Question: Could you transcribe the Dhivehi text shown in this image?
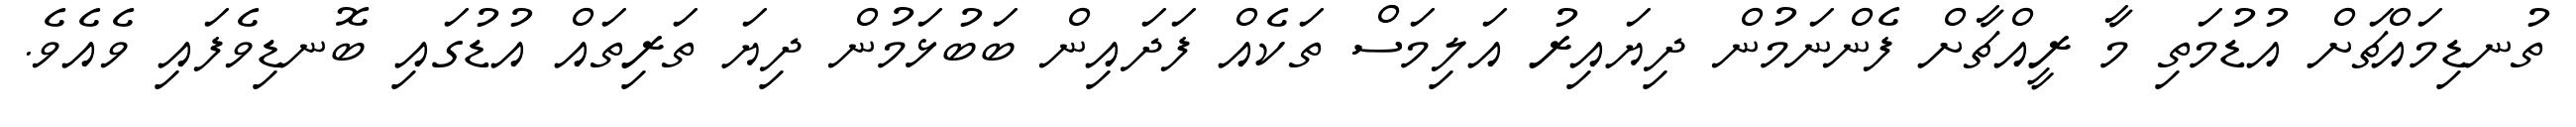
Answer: ތުނޑިމައްޗަށް އުޑުމަތި މާ ރީއްޗާށް ފެންނަމުން ދިޔައިރު އަލިމަސް ތަކެއް ފަދައިން ބަބުޅަމުން ދިޔަ ތަރިތައް އުޑުގައި ބޮނޑިވެފައި ވެއެވެ.